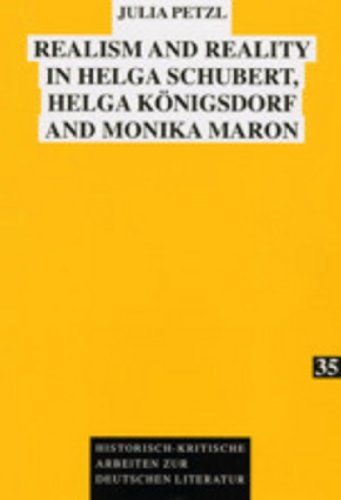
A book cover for Realism and Reality in Helga Schubert, Helga KÃ¶nigsdorf and Monika Maron (Historisch-Kritische Arbeiten Zur Deutschen Literatur); Julia Petzl; Literature & Fiction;